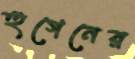
হুগেনের